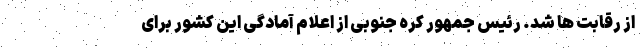
از رقابت ها شد. رئیس جمهور کره جنوبی از اعلام آمادگی این کشور برای